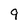
Character: 9